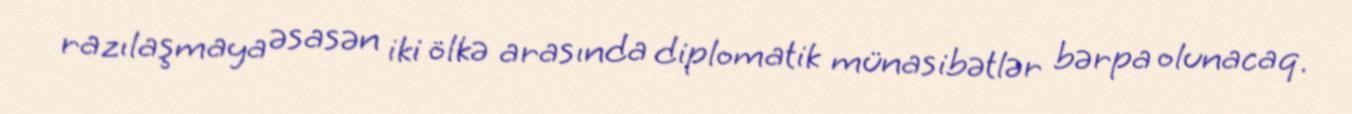
razılaşmaya əsasən iki ölkə arasında diplomatik münasibətlər bərpa olunacaq.